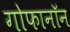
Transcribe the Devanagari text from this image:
गोफानॉन